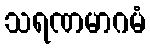
သရဏမာဂမံ